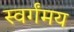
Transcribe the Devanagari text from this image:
स्वर्गंमय